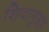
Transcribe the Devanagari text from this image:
शिवानुग्रह